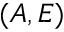
( A , E )